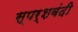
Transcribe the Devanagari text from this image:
स्पर्शबंदी